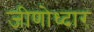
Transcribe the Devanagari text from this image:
जीणोध्दार